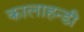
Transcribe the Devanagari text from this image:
कालाहन्डी